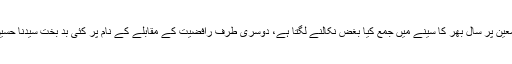
ایک طرف تو یزید کی آڑ لے کر بد باطنوں کا ٹولہ صحابہ کرام رضوان اللہ علیہم اجمعین پر سال بھر کا سینے میں جمع کیا بغض نکالنے لگتا ہے، دوسری طرف رافضیت کے مقابلے کے نام پر کئی بد بخت سیدنا حسین رضی اللہ تعالیٰ عنہ کے مقابلے پر یزید کے محاسن بیان کرنا شروع کردیتے ہیں۔